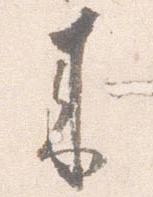
来